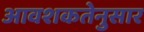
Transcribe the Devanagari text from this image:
आवशकतेनुसार